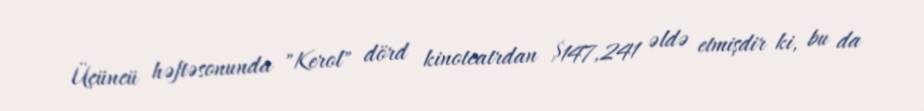
Üçüncü həftəsonunda "Kerol" dörd kinoteatrdan $147,241 əldə etmişdir ki, bu da